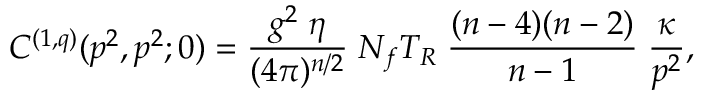
C ^ { ( 1 , q ) } ( p ^ { 2 } , p ^ { 2 } ; 0 ) = \frac { g ^ { 2 } \; \eta } { ( 4 \pi ) ^ { n / 2 } } \; N _ { f } T _ { R } \; \frac { ( n - 4 ) ( n - 2 ) } { n - 1 } \; \frac { \kappa } { p ^ { 2 } } ,